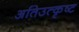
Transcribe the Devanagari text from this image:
अतिउत्कृष्ट